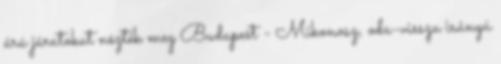
árú járatokat nézték meg Budapest - Mikonosz, oda-vissza irányú